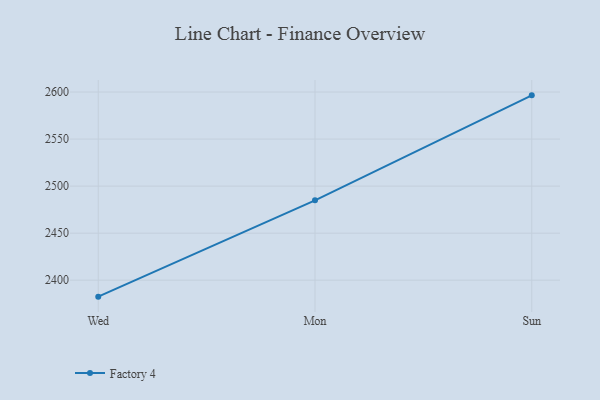
{"axis": {"x": "Day", "y": "Headcount"}, "legend": ["Factory 4"], "data": [{"x": "Wed", "y": 2382.5, "type": "Factory 4"}, {"x": "Mon", "y": 2484.9, "type": "Factory 4"}, {"x": "Sun", "y": 2596.5, "type": "Factory 4"}]}